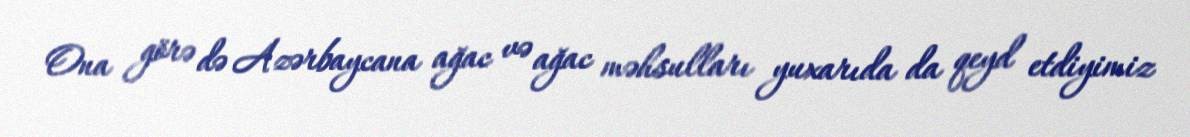
Ona görə də Azərbaycana ağac və ağac məhsulları yuxarıda da qeyd etdiyimiz